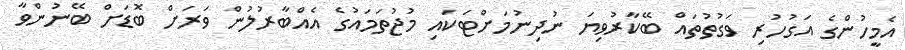
އެމީހުންގެ އަގުހުރި ވަގުތުތައް ބޭކާރުވިޔަ ނުދިނުމަށްޓަކައި މުޖުތަމައުގެ އެއްބާރުލުން ވަރަށް ބޮޑަށް ބޭނުންވާ